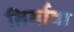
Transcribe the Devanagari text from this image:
निर्नावा